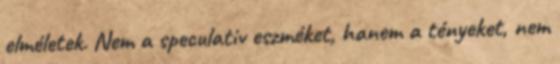
elméletek. Nem a speculativ eszméket, hanem a tényeket, nem